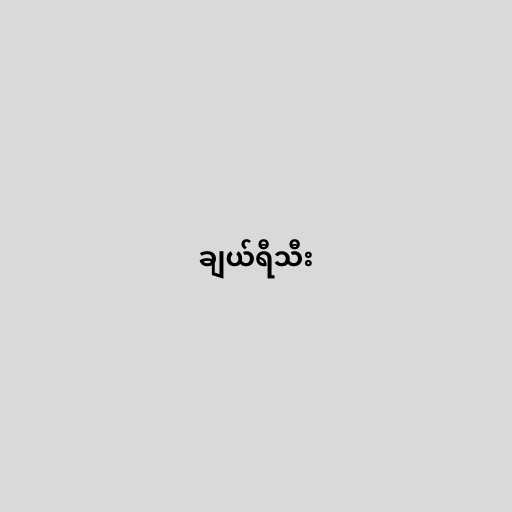
ချယ်ရီသီး